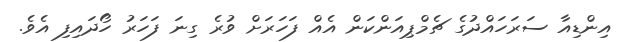
އިންޑިއާ ސަރަހައްދުގެ ޗެމްޕިއަންކަން އެއް ފަހަރަށް ވުރެ ގިނަ ފަހަރު ހޯދައިފި އެވެ.